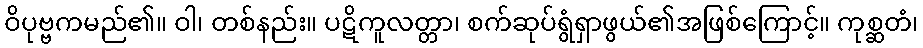
ဝိပုဗ္ဗကမည်၏။ ဝါ၊ တစ်နည်း။ ပဋိကူလတ္တာ၊ စက်ဆုပ်ရွံရှာဖွယ်၏အဖြစ်ကြောင့်။ ကုစ္ဆတံ၊